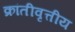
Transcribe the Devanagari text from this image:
क्रांतीवृत्तीय